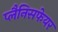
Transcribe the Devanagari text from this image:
प्लैनिसफेयर